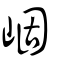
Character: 崓